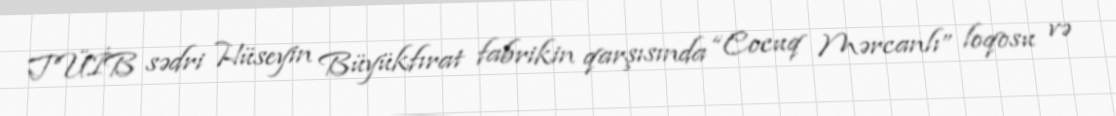
TÜİB sədri Hüseyin Büyükfırat fabrikin qarşısında “Cocuq Mərcanlı” loqosu və